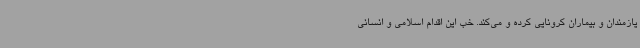
یازمندان و بیماران کرونایی کرده و می‌کند. خب این اقدام اسلامی و انسانی